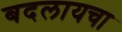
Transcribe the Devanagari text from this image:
बदलायचा